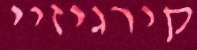
קירגיזיי